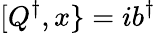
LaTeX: [Q^{\dagger},x\} =ib^{\dagger}